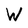
Character: W